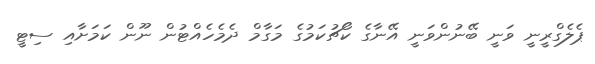
ޕެލެގްރީނީ ވަނީ ބޭނުންވަނީ އޭނާގެ ކޯޗުކަމުގެ މަގާމް ދެމެހެއްޓުން ނޫން ކަމަށާއި ސިޓީ